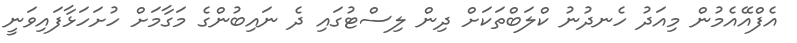
އެފްއޭއެމުން މިއަދު ހެނދުނު ކްލަބްތަކަށް ދިން ލިސްޓުގައި ދެ ނައިބުންގެ މަގާމަށް ހުށަހަޅާފައިވަނީ